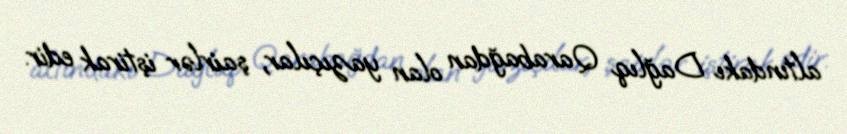
altındakı Dağlıq Qarabağdan olan yazıçılar, şairlər iştirak edir.